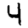
Digit: 4